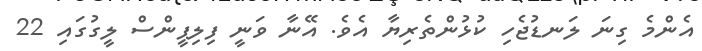
އެންމެ ގިނަ ލަނޑުޖެހި ކުޅުންތެރިޔާ އެވެ. އޭނާ ވަނީ ފިލިޕީންސް ލީގުގައި 22